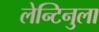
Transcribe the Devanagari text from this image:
लेन्टिनुला